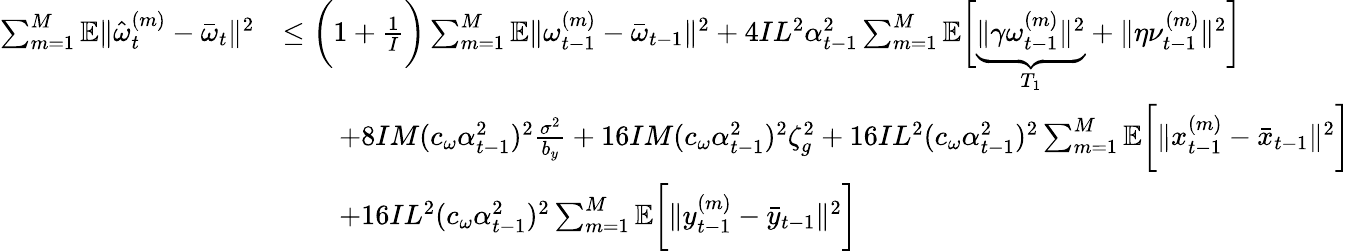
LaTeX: \begin{array}{rl}{\sum_{m=1}^{M}\mathbb{E}\| \hat{\omega}_{t}^{(m)}-\bar{\omega}_{t}\| ^{2}}&{\leq\bigg(1+\frac{1}{I}\bigg)\sum_{m=1}^{M}\mathbb{E}\| \omega_{t-1}^{(m)}-\bar{\omega}_{t-1}\| ^{2}+4IL^{2}\alpha_{t-1}^{2}\sum_{m=1}^{M}\mathbb{E}\bigg[\underbrace{\| \gamma\omega_{t-1}^{(m)}\| ^{2}}_{T_{1}}+\| \eta\nu_{t-1}^{(m)}\| ^{2}\bigg]}\\ &{\qquad+8IM(c_{\omega}\alpha_{t-1}^{2})^{2}\frac{\sigma^{2}}{b_{y}}+16IM(c_{\omega}\alpha_{t-1}^{2})^{2}\zeta_{g}^{2}+16IL^{2}(c_{\omega}\alpha_{t-1}^{2})^{2}\sum_{m=1}^{M}\mathbb{E}\bigg[\| x_{t-1}^{(m)}-\bar{x}_{t-1}\| ^{2}\bigg]}\\ &{\qquad+16IL^{2}(c_{\omega}\alpha_{t-1}^{2})^{2}\sum_{m=1}^{M}\mathbb{E}\bigg[\| y_{t-1}^{(m)}-\bar{y}_{t-1}\| ^{2}\bigg]}\end{array}